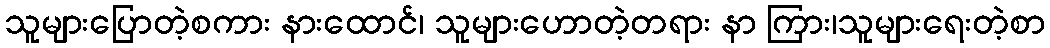
သူများပြောတဲ့စကား နားထောင်၊ သူများဟောတဲ့တရား နာ ကြား၊သူများရေးတဲ့စာ